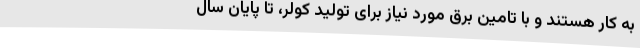
به کار هستند و با تامین برق مورد نیاز برای تولید کولر، تا پایان سال